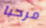
مرحبا